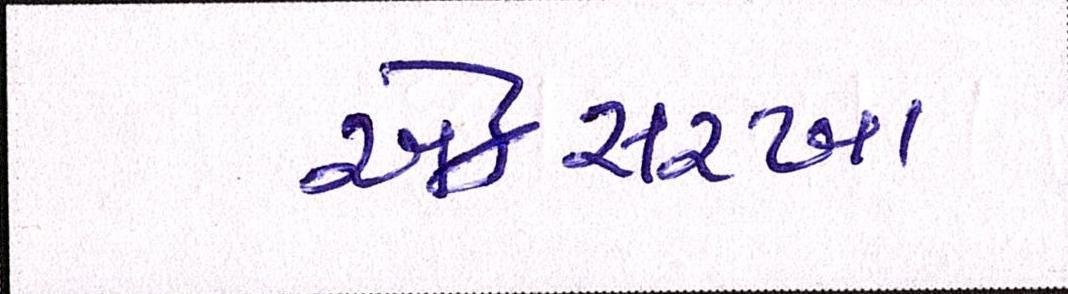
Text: એકસરખા